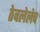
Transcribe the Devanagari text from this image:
ठेवलेलेच